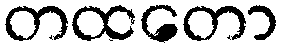
တထတော